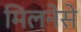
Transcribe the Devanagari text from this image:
मिलनेसे